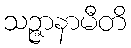
သဉ္ဇာနာမီတိ